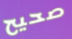
صحيح